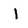
Character: I